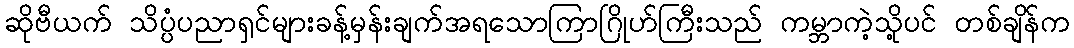
ဆိုဗီယက် သိပ္ပံပညာရှင်များခန့်မှန်းချက်အရသောကြာဂြိုဟ်ကြီးသည် ကမ္ဘာကဲ့သို့ပင် တစ်ချိန်က